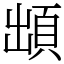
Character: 䪼